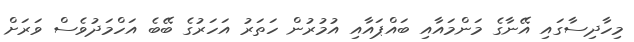
މިހާދިސާގައި އޭނާގެ މަންމައާއި ބައްޕައާއި އުމުރުން ހަތަރު އަހަރުގެ ބޭބެ އަހްމަދުވެސް ވަރަށް